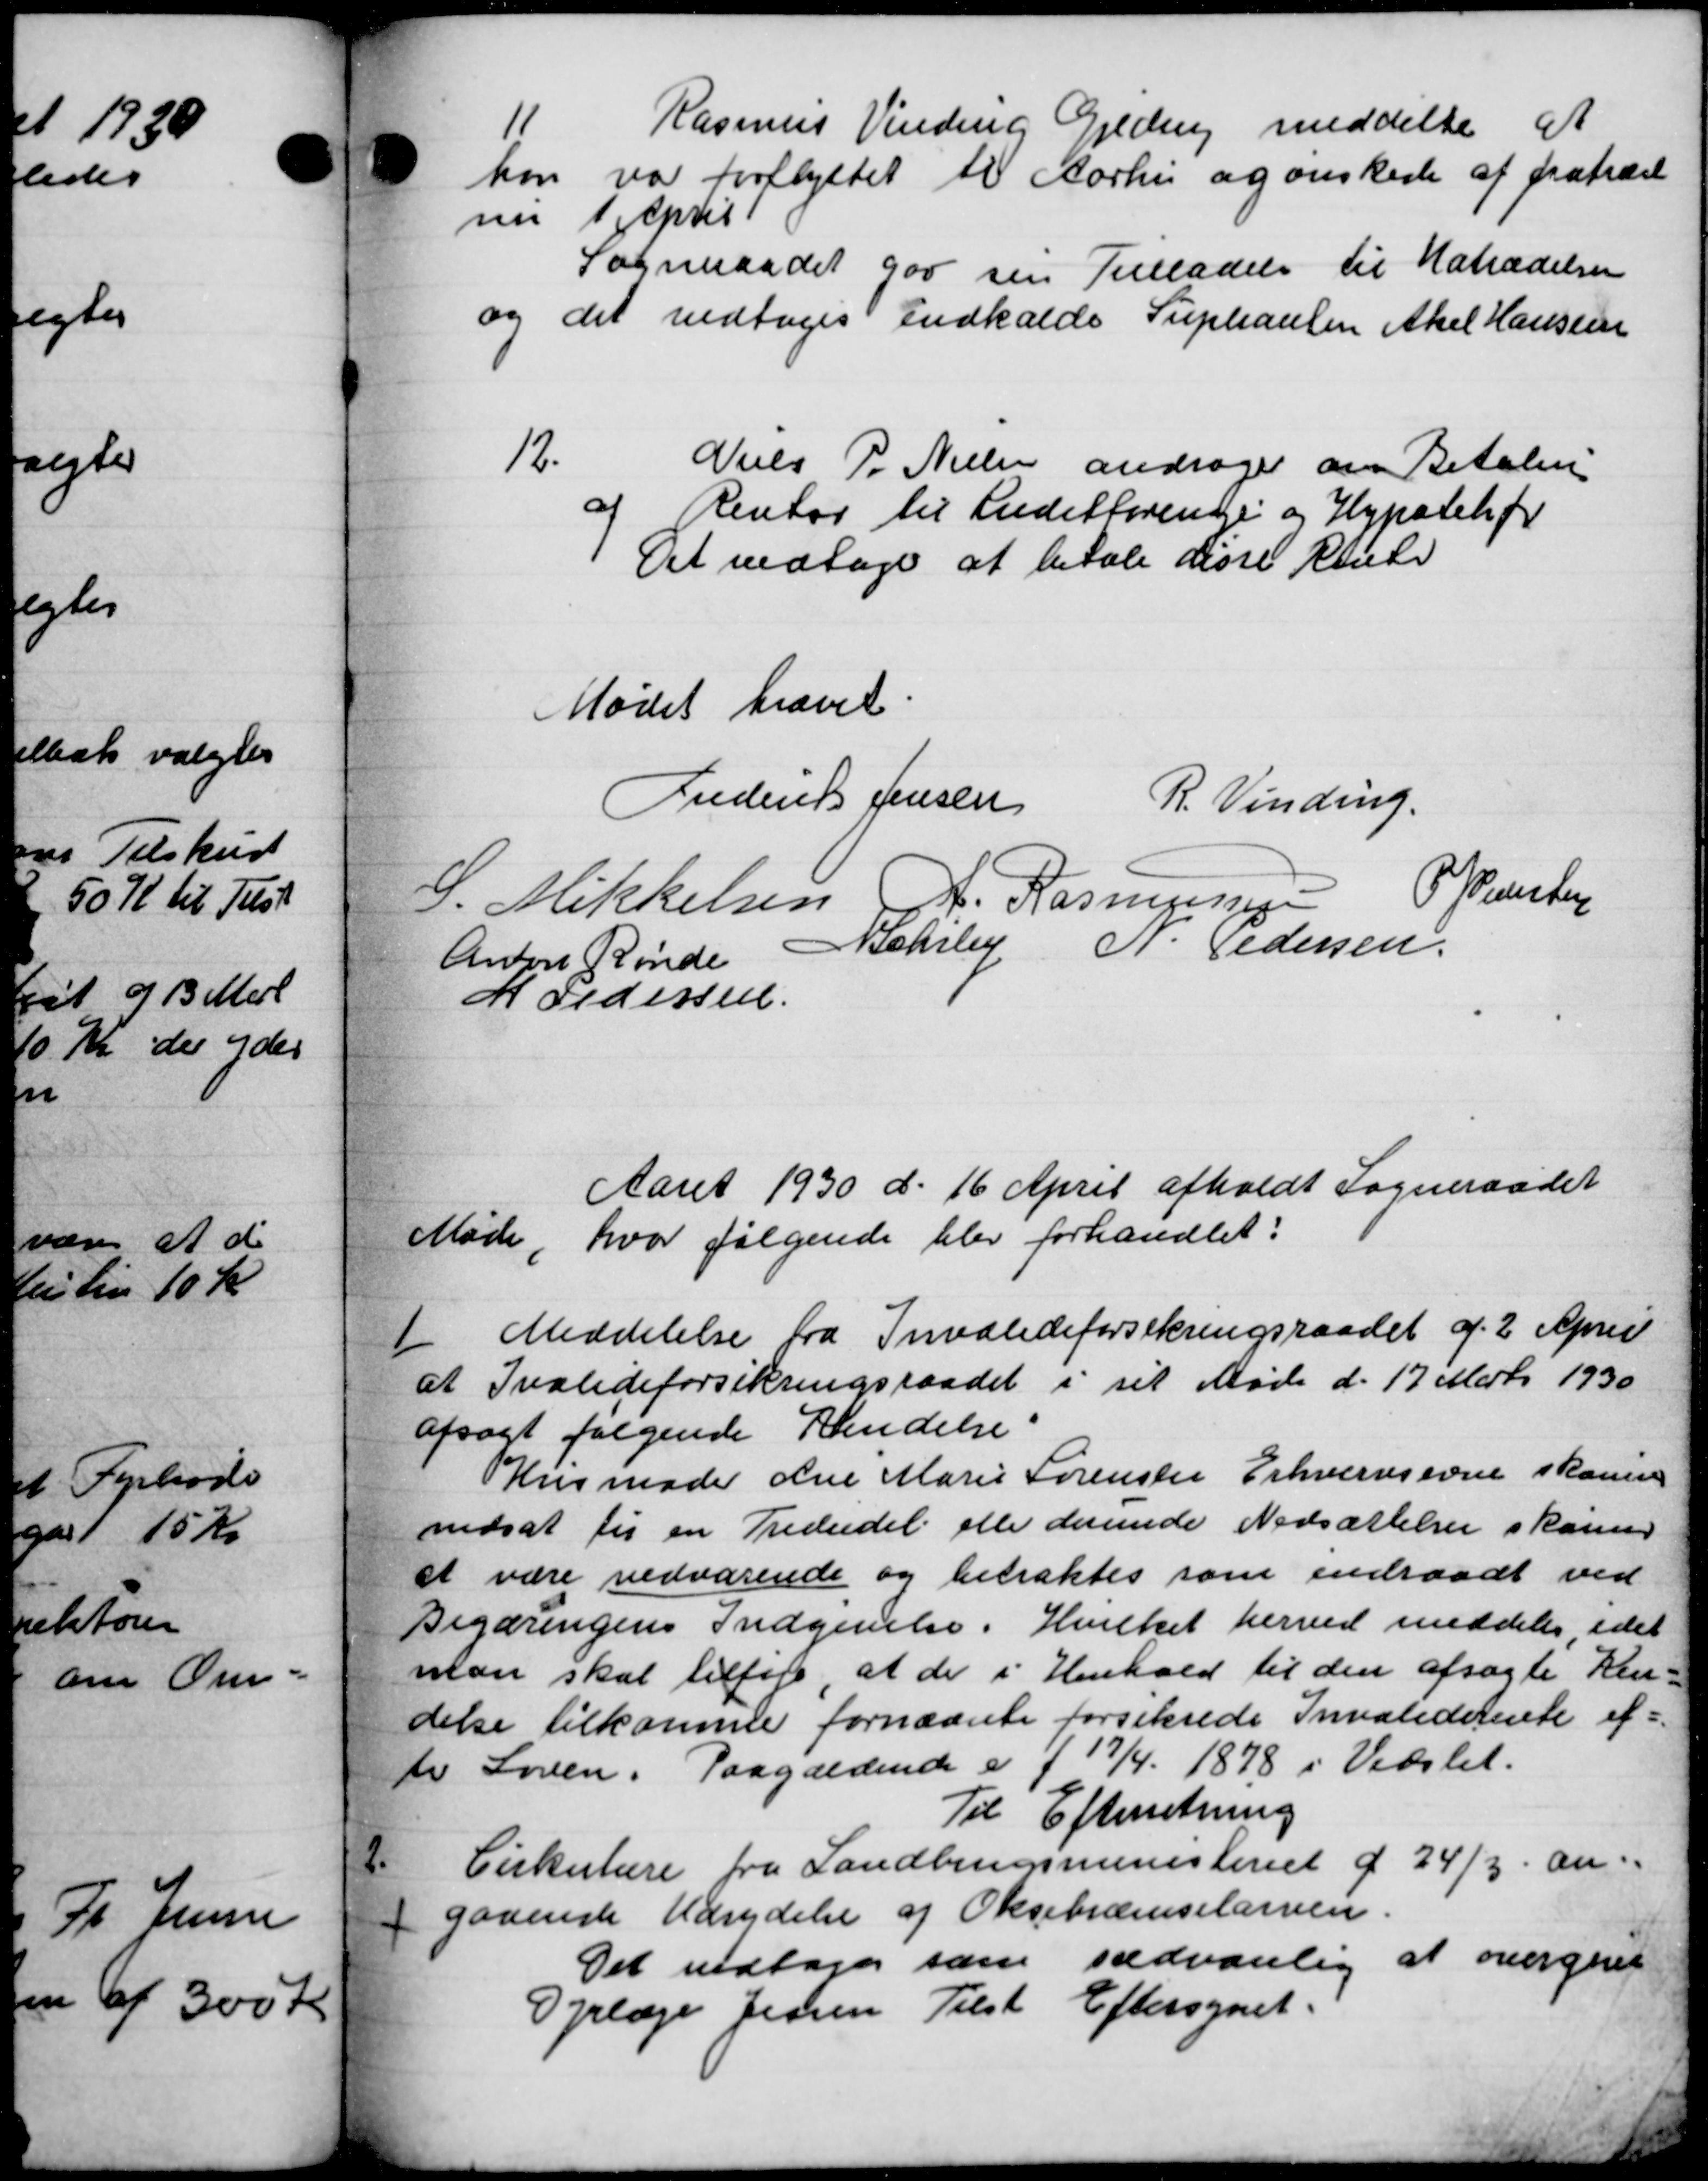
Transskription:
11
Rasmus Vinding Gjeding meddelte at
ken var forflyttet til Aarhu og ønskede af fratræd
nu 1 April
Sogneraadet god sin Tilladelse til Hatrædelsen
og det vedtoges Indkalde Supleanten Aksel Hansen
12.
Niels P. Nielsen andrager om Betaling
af Renter til Kreditforene og Hypotekar
Det vedtoges at betale disse Rente
Mødet hævet.
Frederik Jensen
R. Vinding.
S. Mikkelsen A. Rasmussen
P. Jensen
Anton Rinde Behrly N. Pedersen
M Pedersen
Aaret 1930 d. 16 April afholdt Sogneraadet
Møde, hvor følgende blev forhandlet:
1
Meddelelse fra Invalideforsikringsraadet af 2 April
at Ivalideforsikringsraadet i sit Møde d. 17 Marts 1930
afsagt følgende Kendelse.
Husmode den Marie Sørensen Erhvervsevne skande
nedsat til en Trediedel eller derunde Nedsættelser skaner
at være vedvarende og betraktes som endraadt ved
Begæringens Indgivelse. Hvilket herved meddeler idet
man skal tilføje, at de i Henhold til den afsagte Ren-
delse tilkomme fornævnte forsikrede Invaliderente ef=
til Loven. Paagældende er f 19/4 1878 i Vedstet.
Til Efterretning
2.
Cirkulære fra Landbrugsministeriet af 24/3 an-
 gaaenste Udrydelse af Oksebræmselarven.
Det vedtages som sædvanlig at overgivet
Dyrlæge Jensen Tilst Eftersynet.